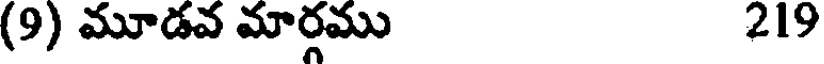
(9) మూడవ మార్గము 219